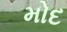
મોદ